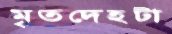
মৃতদেহটা